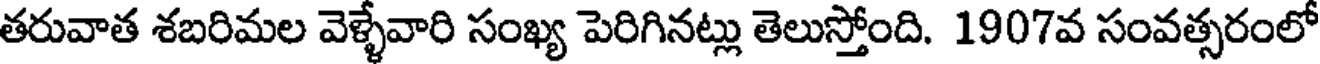
తరువాత శబరిమల వెళ్ళేవారి సంఖ్య పెరిగినట్లు తెలుస్తోంది. 1907వ సంవత్సరంలో